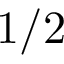
1 / 2